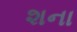
શના